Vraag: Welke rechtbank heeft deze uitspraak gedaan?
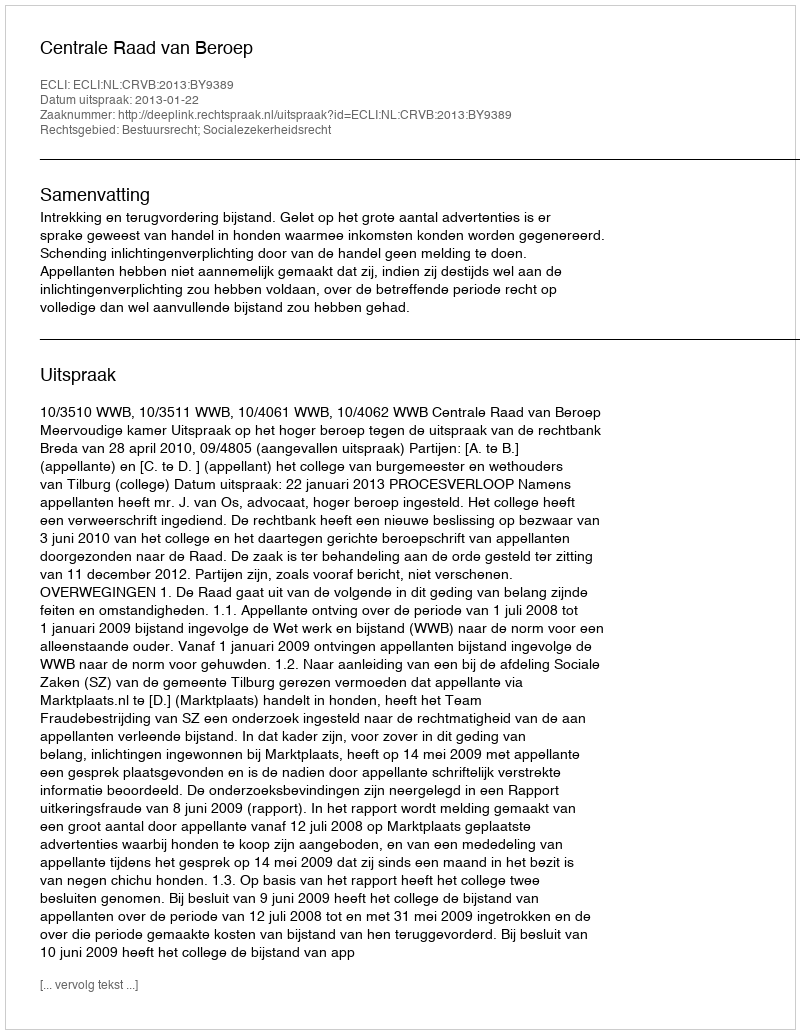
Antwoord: Centrale Raad van Beroep